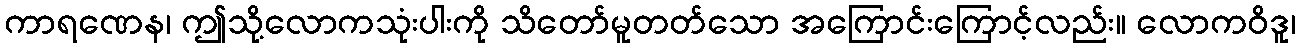
ကာရဏေန၊ ဤသို့လောကသုံးပါးကို သိတော်မူတတ်သော အကြောင်းကြောင့်လည်း။ လောကဝိဒူ၊